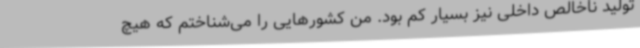
تولید ناخالص داخلی نیز بسیار کم بود. من کشورهایی را می‌شناختم که هیچ